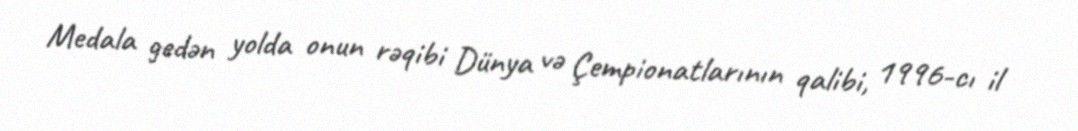
Medala gedən yolda onun rəqibi Dünya və Çempionatlarının qalibi, 1996-cı il